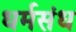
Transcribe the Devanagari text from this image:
धर्मसंध